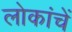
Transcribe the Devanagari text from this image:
लोकांचें